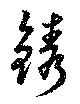
鎸